Vaccination in Bombay 1889-1901 - 1889-1901
Year: 1889
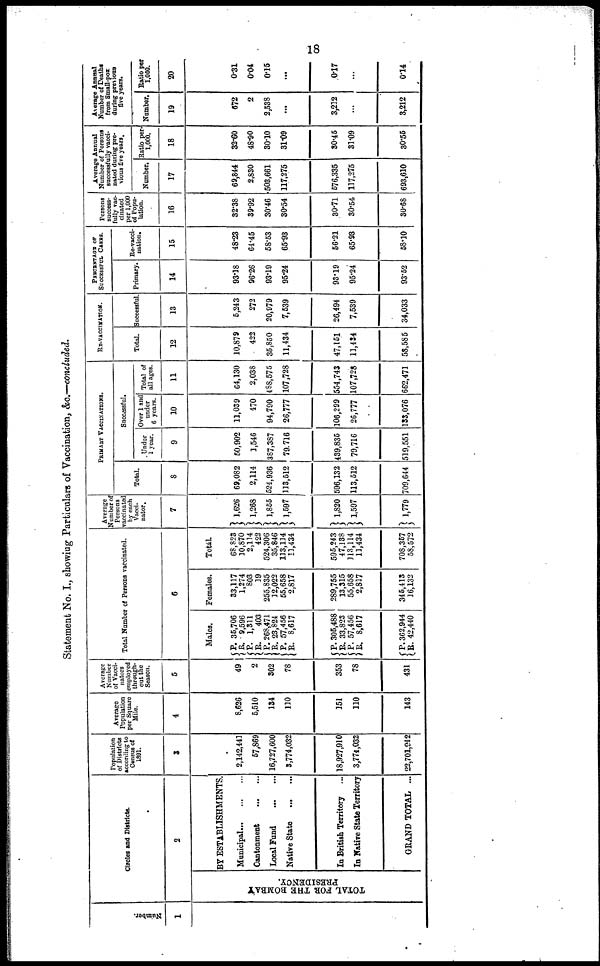
18
Statement No. I., showing Particulars of Vaccination, &c.—concluded.
Number.
1
Circles and Districts.
2
TOTAL FOR THE BOMBAY
PRESIDENCY.
BY ESTABLISHMENTS.
Municipal...
...
...
Cantonment
...
...
Local Fund
...
...
Native State
...
...
In British Territory ...
In Native State Territory
GRAND TOTAL ...
Population
of Districts
according to
Census of
1891.
3
2,142,441
57,869
16,727,600
3,774,032
18,927,910
3,774,032
22,701,942
Average
Population
per Square
Mile.
4
8,626
5,510
134
110
151
110
143
Average
Number
of Vacci¬
nators
employed
through-
out the
Season.
5
49
2
302
78
353
78
431
Total Number of Persons vaccinated.
6
Males.
P.
R.
P. R.
P.
R.
P.
R.
P.
R.
P.
R.
P.
R.
35,706
9,596
1,311
403
268,471
23,824
57,456
8,617
305,488
33,823
57,456
8,617
362,944
42,440
Females.
33,117
1,274
803
19
255,835
12,022
55,658
2,817
289,755
13,315
55,658
2,817
345,413
16,132
Totál.
68,823
10,870
2,114
422
524,306
35,846
113,114
11,434
595,243
47,138
113 114
11,434
708,357
58,572
Average
Number of
Persons
vaccinated
by each
Vacci¬
nator.
7
1,626
1,268
1,855
1,597
1,820
1,597
1,779
PRIMARY VACCINATIONS.
Total.
8
69,082
2,114
524,936
113,512
596,132
113,512
709,644
Successful.
Under
1 year.
9
50,902
1,546
387,387
79,716
439,835
79,716
519,551
Over 1 and
under
6 years.
10
11,039
470
94,790
26,777
106,299
26,777
133,076
Total of
all ages.
11
64,130
2,038
488,575
107,728
554,743
107,728
662,471
RE-VACCINATION.
Total.
12
10,879
422
35,850
11,434
47,151
11,434
58,585
Successful
13
5,243
272
20,979
7,539
26,494
7,539
34,033
PERCENTAGE OF
SUCCESSFUL CLASS.
Primary.
14
93.18
96.26
93.19
95.24
93.19
95.24
93.62
Re-vacci-
nation.
15
48.23
64.45
58.53
65.93
56.21
65.93
58.10
Persons
success-
fully vac-
cinated
per 1,000
of Popu-
lation.
16
32.38
39.92
30.46
30.54
30.71
30.54
30.68
Average Annual
Number of Persons
successfully vacci-
nated during pre-
vious five years.
Number.
17
69,844
2,830
503,661
117,275
576,335
117,275
693,610
Ratio per¬
1,000.
18
32.60
48.90
30.10
31.09
30.46
31.09
30.55
Average Annual
Number of Deaths
from Small-pox
during previous
five years.
Number.
19
672
2
2,538
...
3,232
...
3,212
Ratio per
1,000.
20
0.31
0.04
0.15
...
0.17
...
0.14